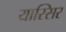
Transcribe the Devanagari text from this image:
यास्सिर